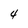
Character: 4